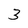
Character: 3